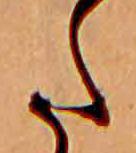
た